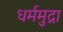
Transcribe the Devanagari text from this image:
धर्ममुद्रा